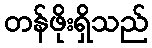
တန်ဖိုးရှိသည်